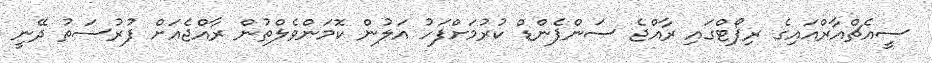
ސީއެޗްއާރްއައިގެ ރިޕޯޓްގައި ރާއްޖެ ސަންޕެންޑް ކުރުމަށްފަހު އަލުން ކޮމަންވެލްތުން ރާއްޖެއަށް ފުރުސަތު ދޭނީ